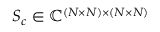
S _ { c } \in \mathbb { C } ^ { ( N \times N ) \times ( N \times N ) }